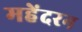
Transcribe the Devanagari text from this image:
महेंदरन